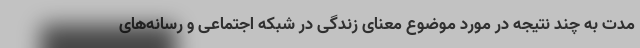
مدت به چند نتیجه در مورد موضوع معنای زندگی در شبکه اجتماعی و رسانه‌های